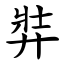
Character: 弉